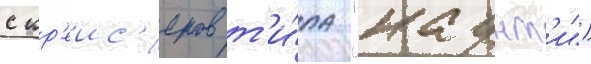
с кр'еис'еров т'и́па "каунт'и")